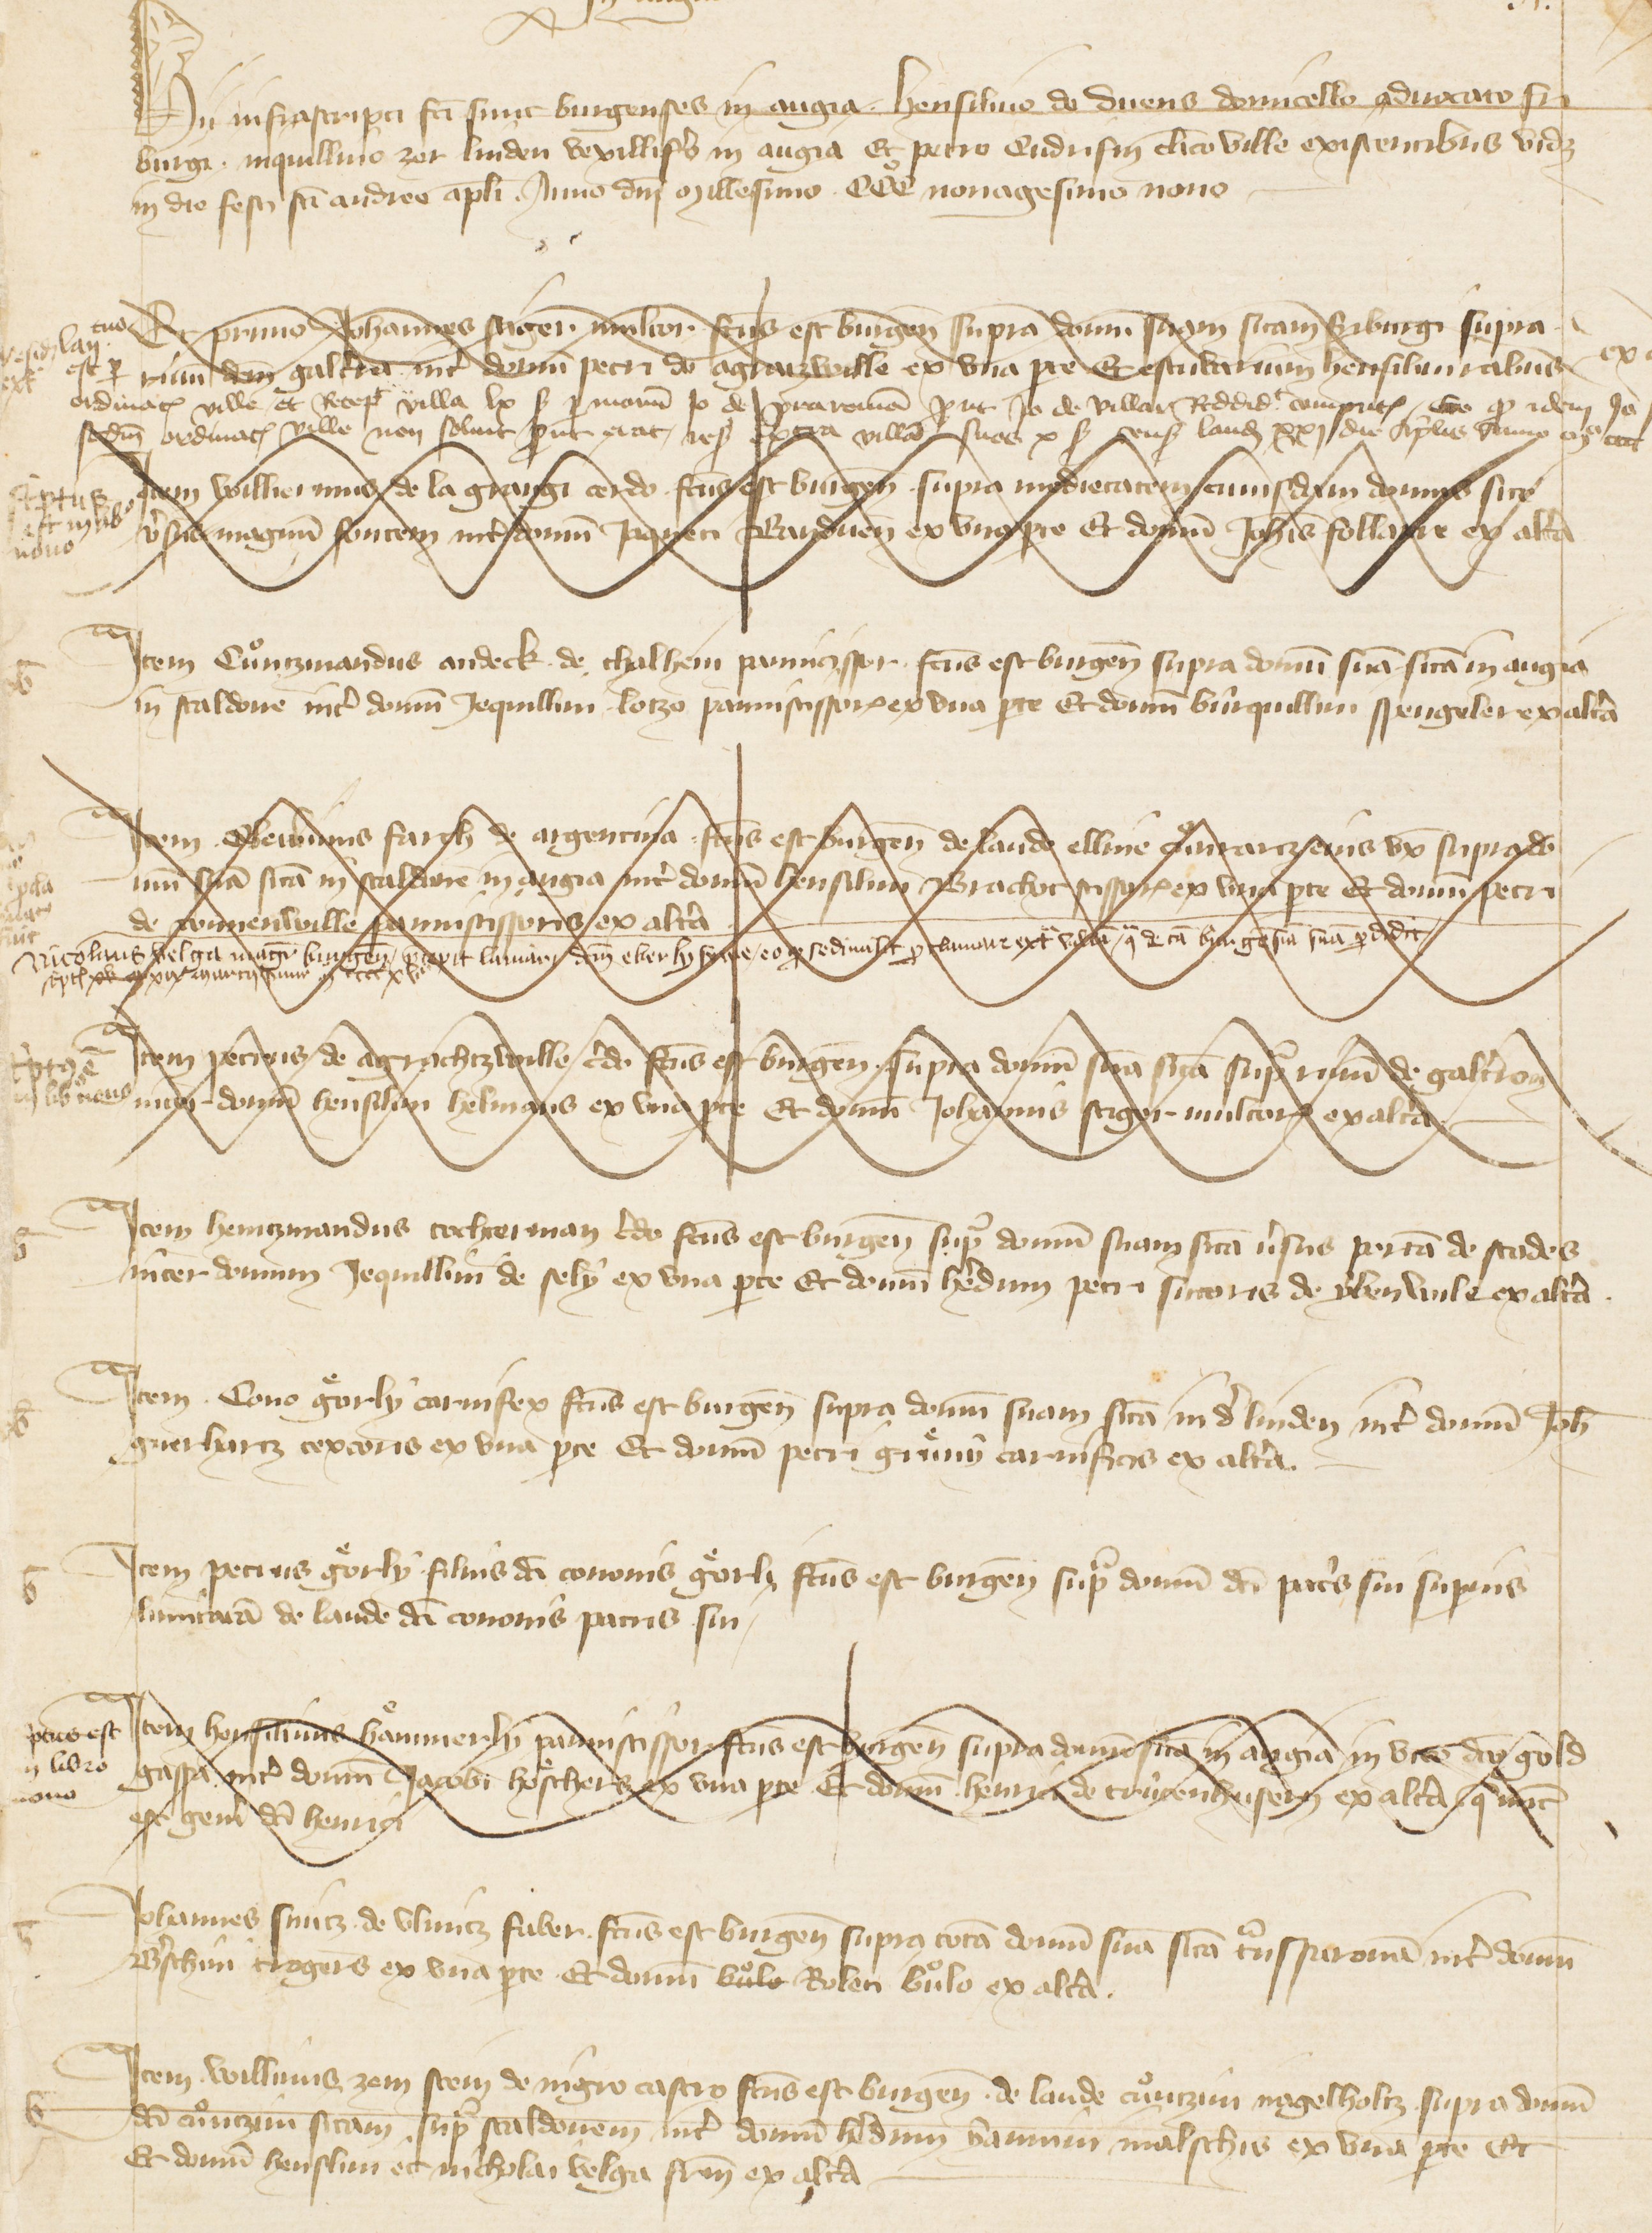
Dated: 1341–1416